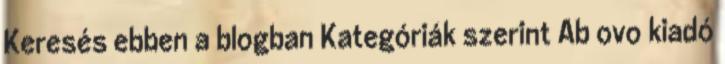
Keresés ebben a blogban Kategóriák szerint Ab ovo kiadó